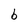
Character: b